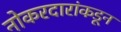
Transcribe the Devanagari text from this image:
नोकरदारांकडून